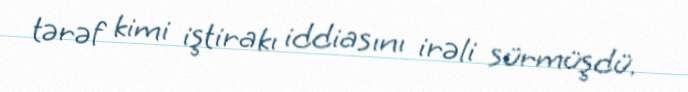
tərəf kimi iştirakı iddiasını irəli sürmüşdü.